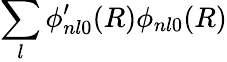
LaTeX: \sum_{l}\phi_{nl0}^{\prime}(R)\phi_{nl0}(R)